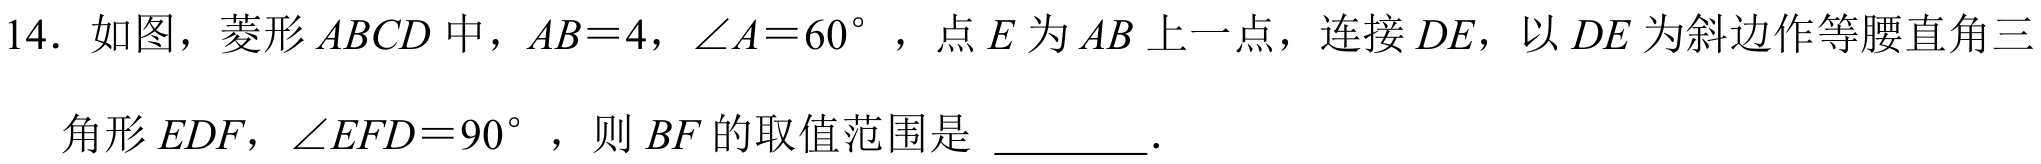
14. 如图，菱形$ABCD$中，$AB = 4$，$\angle A = 60^{\circ}$，点$E$为$AB$上一点，连接$DE$，以$DE$为斜边作等腰直角三角形$EDF$，$\angle EFD = 90^{\circ}$，则$BF$的取值范围是  ．